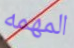
المهمه